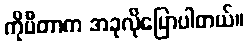
ကိုပီတာက အခုလိုပြောပါတယ်။